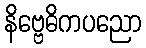
နိဗ္ဗေဓိကပညော